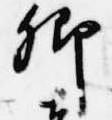
卿